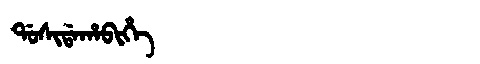
Manchu: ᡩᠣᠰᡳᡩᠠᡥᠠᠪᡳᡥᡝ
Romanization: DOSIDAHABIHE